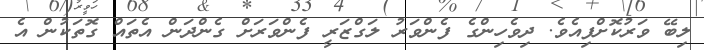
ލިބޭ ވަރުކޮށްފިއެވެ. ދިވެހިންގެ ފެންވަރު ލަގްޒަރީ ފެންވަރަށް ގެންދަން އެތައް ގޮތަކުން އެ